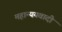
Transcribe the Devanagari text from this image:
महान्ययवादी